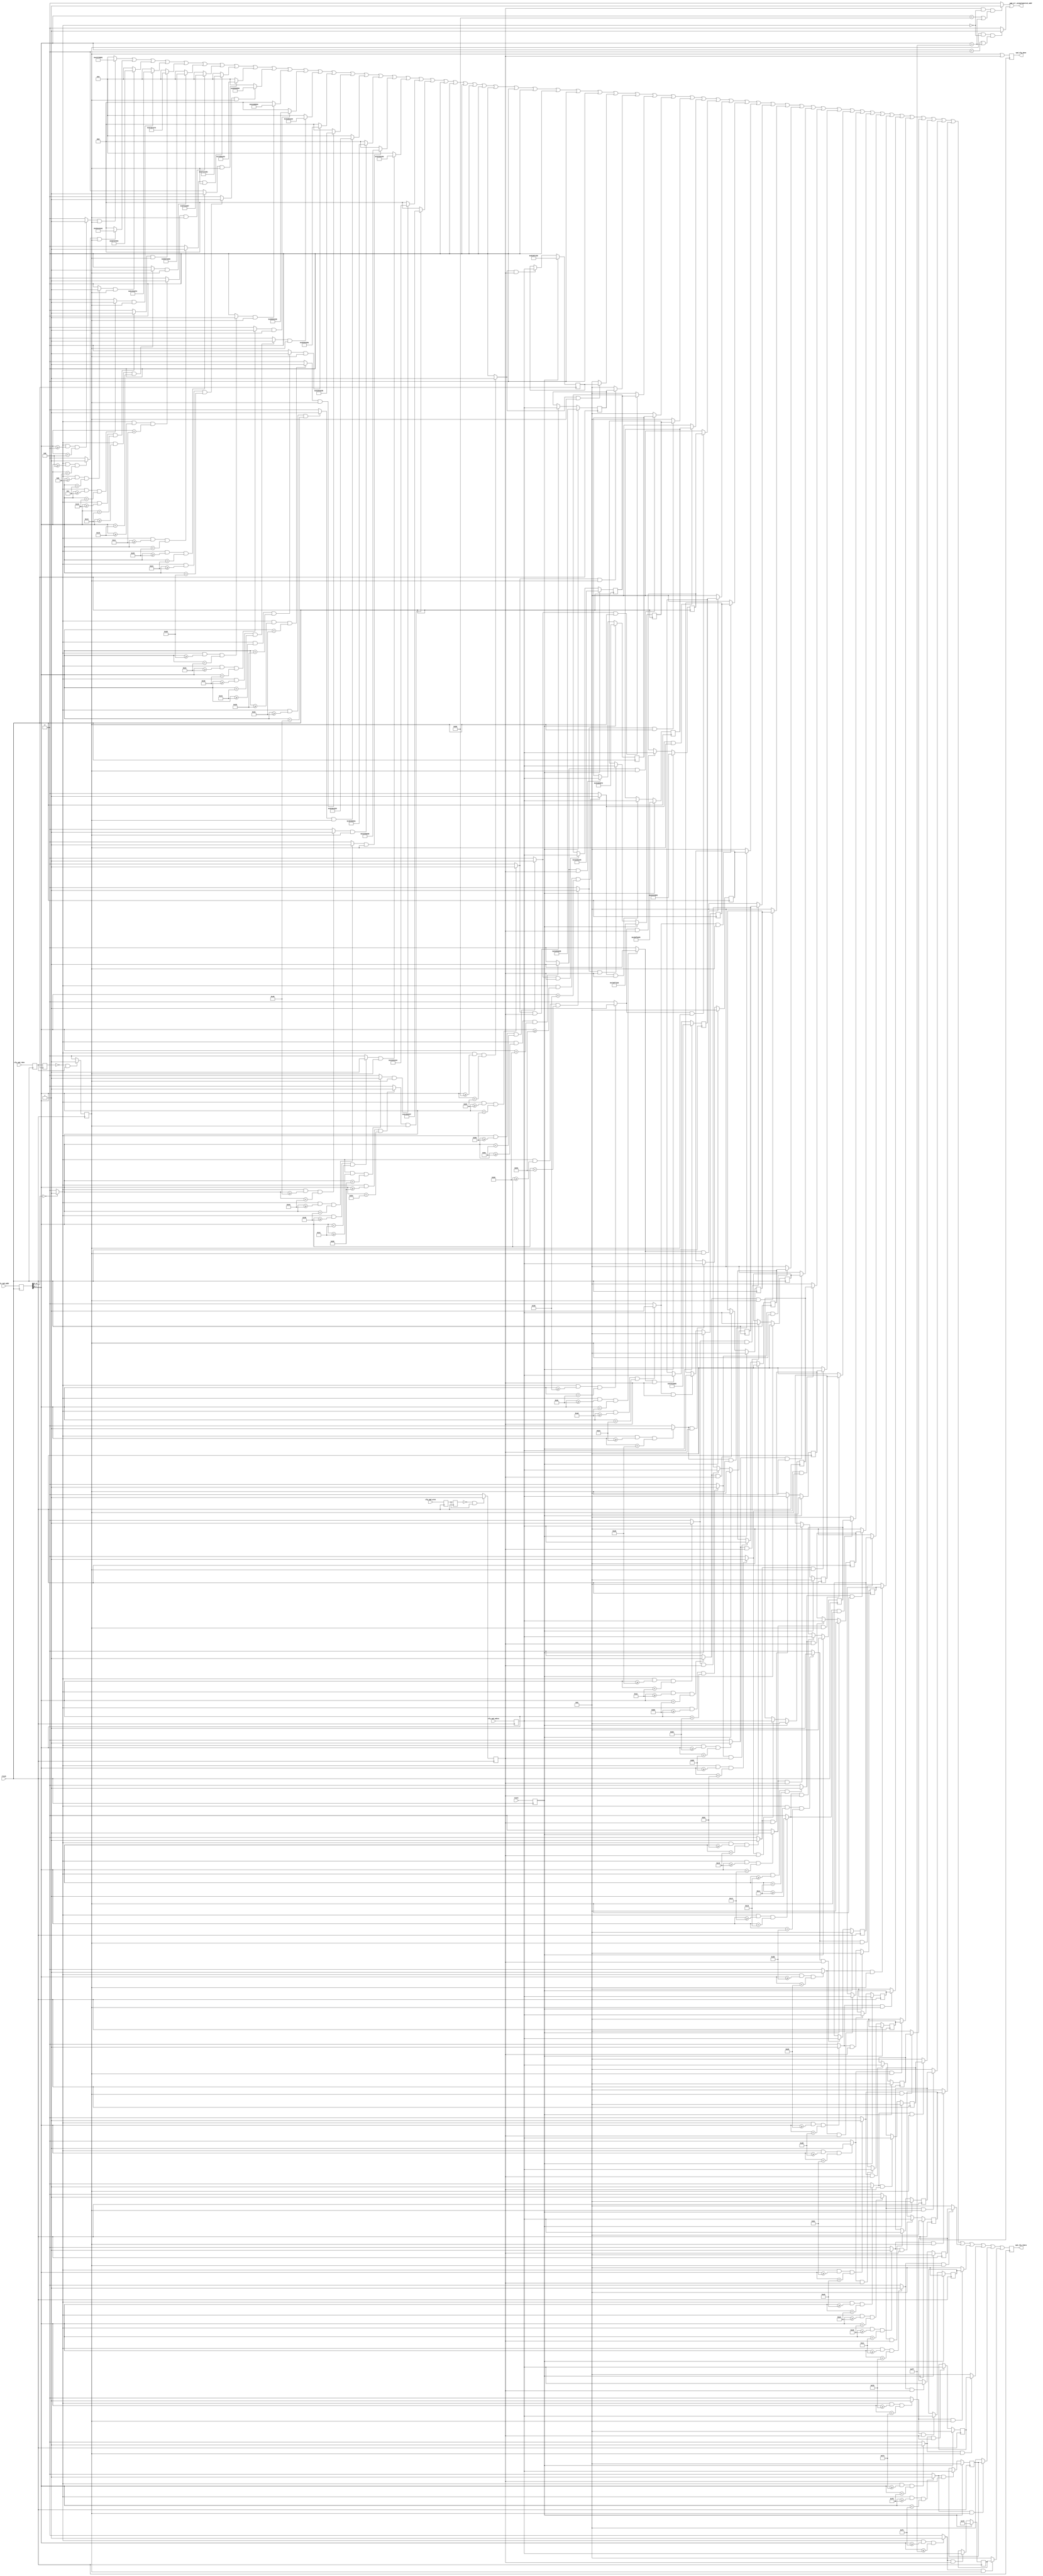
// *!***************************************************************************
// *! Copyright 2019 International Business Machines
// *!
// *! Licensed under the Apache License, Version 2.0 (the "License");
// *! you may not use this file except in compliance with the License.
// *! You may obtain a copy of the License at
// *! http://www.apache.org/licenses/LICENSE-2.0 
// *!
// *! The patent license granted to you in Section 3 of the License, as applied
// *! to the "Work," hereby includes implementations of the Work in physical form.  
// *!
// *! Unless required by applicable law or agreed to in writing, the reference design
// *! distributed under the License is distributed on an "AS IS" BASIS,
// *! WITHOUT WARRANTIES OR CONDITIONS OF ANY KIND, either express or implied.
// *! See the License for the specific language governing permissions and
// *! limitations under the License.
// *! 
// *! The background Specification upon which this is based is managed by and available from
// *! the OpenCAPI Consortium.  More information can be found at https://opencapi.org. 
// *!***************************************************************************
`timescale 1ps / 1ps
// -------------------------------------------------------------------
//
// Title    : vpd_stub.v
// Function : This file is intended to be a temporary replacement for an I2C controller attached to a serial EEPROM
//            where the real card's VPD information is stored. This file can be attached to the afu_config_space.v
//            VPD interface instead. It is intended for use during simulation, not FPGA synthesis & implementation.
//
// -------------------------------------------------------------------
// Modification History :
//                                |Version    |     |Author   |Description of change
//                                |-----------|     |-------- |---------------------
  `define vpd_stub_VERSION         12_Sep_2017   //            Change items reported by HAL check
// -------------------------------------------------------------------

//
// ******************************************************************************************************************************
// Functional Description
//
// All internal configuration registers are 32 bits wide, using Little Endian format and addressing. 
// This means bits are ordered [31:0] and bytes are ordered 3,2,1,0 when looking at the lowest 2 address bits.
// 
// One register is selected at a time using the 'vpd_addr'. 
//
// Reads from an address that is not implemented returns all 0s. Writes to an address that is not implemented or read only are dropped.
// Either type of access to an unimplemented address raises an error signal that can be routed to an internal error register.
//
// Write operations are triggered by setting the 'wren' input active. 
// Read  operations are triggered by setting the 'rden' input active. 
// When either the write is complete or the read data is available on 'rdata', 'done' is pulsed for 1 cycle.
// ******************************************************************************************************************************
// Notes about the VPD data content:
//   The content of the VPD fields was copied from the PCI Local Bus Specification, version 3.0, dated Feb 3, 2004. This was
//   used to ensure the example has valid VPD information in it. (reference section "I.3.2 VPD Example")
// ******************************************************************************************************************************
 
// ==============================================================================================================================
// @@@  Module Declaration
// ==============================================================================================================================

module vpd_stub
(    
    // Miscellaneous Ports
    input         clock                             
  , input         reset                      // (positive active)

  , input  [14:0] cfg_vpd_addr               // Address for write or read
  , input         cfg_vpd_wren               // Held at 1 to write a location until it sees vpd_done = 1 then clear to 0
  , input  [31:0] cfg_vpd_wdata              // Contains data to write to VPD register (valid while wren=1)
  , input         cfg_vpd_rden               // Held at 1 to read  a location until it sees vpd_done = 1 then clear to 0
  , output [31:0] vpd_cfg_rdata              // Contains data read back from VPD register (valid when rden=1 and vpd_done=1)
  , output        vpd_cfg_done               // VPD pulses to 1 for 1 cycle when write is complete, or when rdata contains valid results

    // Error indicator
  , output        vpd_err_unimplemented_addr // Connect into internal error vector if desired
) ;

// -----------------------------------------------------------
// Register inputs to prevent backflowed timing issues
// -----------------------------------------------------------
reg         reset_q;
reg  [14:0] addr_q;
reg         wren_q;
reg  [31:0] wdata_q;
reg         rden_q;

always @(posedge(clock))
  begin
    reset_q     <= reset;
    addr_q      <= cfg_vpd_addr;
    wren_q      <= cfg_vpd_wren;
    wdata_q     <= cfg_vpd_wdata;
    rden_q      <= cfg_vpd_rden;
  end


reg  prev_wren_q;
reg  prev_rden_q;
reg  wren_pulse;
reg  rden_pulse;
always @(posedge(clock))
  begin
    prev_wren_q <= wren_q;   // Create latched copy of enable inputs so can detect when they change
    prev_rden_q <= rden_q;
    if (prev_wren_q == 1'b0 && wren_q == 1'b1)  wren_pulse <= 1'b1;   // Look for rising edge (0->1)
    else                                        wren_pulse <= 1'b0;
    if (prev_rden_q == 1'b0 && rden_q == 1'b1)  rden_pulse <= 1'b1;
    else                                        rden_pulse <= 1'b0;
  end

// ------------------------------------
// Check for bad address
// ------------------------------------
wire upper_addr_is_zero = (addr_q[14:8] == 7'b0) ? 1'b1 : 1'b0;

assign vpd_err_unimplemented_addr = ( (wren_pulse == 1'b1 && upper_addr_is_zero == 1'b0 && (addr_q[7:0] < 8'h80 || addr_q[7:0] > 8'hFF)) ? 1'b1 : 1'b0 ) 
                                 || ( (rden_pulse == 1'b1 && upper_addr_is_zero == 1'b0 && (addr_q[7:0] < 8'h00 || addr_q[7:0] > 8'hFF)) ? 1'b1 : 1'b0 );


// ------------------------------------
// Select target register using address
// ------------------------------------
wire sel_00, sel_04, sel_08, sel_0C;
wire sel_10, sel_14, sel_18, sel_1C;
wire sel_20, sel_24, sel_28, sel_2C;
wire sel_30, sel_34, sel_38, sel_3C;
wire sel_40, sel_44, sel_48, sel_4C;
wire sel_50, sel_54, sel_58, sel_5C;
wire sel_60, sel_64, sel_68, sel_6C;
wire sel_70, sel_74, sel_78, sel_7C;
wire sel_80, sel_84, sel_88, sel_8C;
wire sel_90, sel_94, sel_98, sel_9C;
wire sel_A0, sel_A4, sel_A8, sel_AC;
wire sel_B0, sel_B4, sel_B8, sel_BC;
wire sel_C0, sel_C4, sel_C8, sel_CC;
wire sel_D0, sel_D4, sel_D8, sel_DC;
wire sel_E0, sel_E4, sel_E8, sel_EC;
wire sel_F0, sel_F4, sel_F8, sel_FC;

assign sel_00 = (upper_addr_is_zero == 1'b1 && addr_q[7:0] >= 8'h00 && addr_q[7:0] < 8'h04) ? 1'b1 : 1'b0;
assign sel_04 = (upper_addr_is_zero == 1'b1 && addr_q[7:0] >= 8'h04 && addr_q[7:0] < 8'h08) ? 1'b1 : 1'b0;
assign sel_08 = (upper_addr_is_zero == 1'b1 && addr_q[7:0] >= 8'h08 && addr_q[7:0] < 8'h0C) ? 1'b1 : 1'b0;
assign sel_0C = (upper_addr_is_zero == 1'b1 && addr_q[7:0] >= 8'h0C && addr_q[7:0] < 8'h10) ? 1'b1 : 1'b0;
assign sel_10 = (upper_addr_is_zero == 1'b1 && addr_q[7:0] >= 8'h10 && addr_q[7:0] < 8'h14) ? 1'b1 : 1'b0;
assign sel_14 = (upper_addr_is_zero == 1'b1 && addr_q[7:0] >= 8'h14 && addr_q[7:0] < 8'h18) ? 1'b1 : 1'b0;
assign sel_18 = (upper_addr_is_zero == 1'b1 && addr_q[7:0] >= 8'h18 && addr_q[7:0] < 8'h1C) ? 1'b1 : 1'b0;
assign sel_1C = (upper_addr_is_zero == 1'b1 && addr_q[7:0] >= 8'h1C && addr_q[7:0] < 8'h20) ? 1'b1 : 1'b0;
assign sel_20 = (upper_addr_is_zero == 1'b1 && addr_q[7:0] >= 8'h20 && addr_q[7:0] < 8'h24) ? 1'b1 : 1'b0;
assign sel_24 = (upper_addr_is_zero == 1'b1 && addr_q[7:0] >= 8'h24 && addr_q[7:0] < 8'h28) ? 1'b1 : 1'b0;
assign sel_28 = (upper_addr_is_zero == 1'b1 && addr_q[7:0] >= 8'h28 && addr_q[7:0] < 8'h2C) ? 1'b1 : 1'b0;
assign sel_2C = (upper_addr_is_zero == 1'b1 && addr_q[7:0] >= 8'h2C && addr_q[7:0] < 8'h30) ? 1'b1 : 1'b0;
assign sel_30 = (upper_addr_is_zero == 1'b1 && addr_q[7:0] >= 8'h30 && addr_q[7:0] < 8'h34) ? 1'b1 : 1'b0;
assign sel_34 = (upper_addr_is_zero == 1'b1 && addr_q[7:0] >= 8'h34 && addr_q[7:0] < 8'h38) ? 1'b1 : 1'b0;
assign sel_38 = (upper_addr_is_zero == 1'b1 && addr_q[7:0] >= 8'h38 && addr_q[7:0] < 8'h3C) ? 1'b1 : 1'b0;
assign sel_3C = (upper_addr_is_zero == 1'b1 && addr_q[7:0] >= 8'h3C && addr_q[7:0] < 8'h40) ? 1'b1 : 1'b0;
assign sel_40 = (upper_addr_is_zero == 1'b1 && addr_q[7:0] >= 8'h40 && addr_q[7:0] < 8'h44) ? 1'b1 : 1'b0;
assign sel_44 = (upper_addr_is_zero == 1'b1 && addr_q[7:0] >= 8'h44 && addr_q[7:0] < 8'h48) ? 1'b1 : 1'b0;
assign sel_48 = (upper_addr_is_zero == 1'b1 && addr_q[7:0] >= 8'h48 && addr_q[7:0] < 8'h4C) ? 1'b1 : 1'b0;
assign sel_4C = (upper_addr_is_zero == 1'b1 && addr_q[7:0] >= 8'h4C && addr_q[7:0] < 8'h50) ? 1'b1 : 1'b0;
assign sel_50 = (upper_addr_is_zero == 1'b1 && addr_q[7:0] >= 8'h50 && addr_q[7:0] < 8'h54) ? 1'b1 : 1'b0;
assign sel_54 = (upper_addr_is_zero == 1'b1 && addr_q[7:0] >= 8'h54 && addr_q[7:0] < 8'h58) ? 1'b1 : 1'b0;
assign sel_58 = (upper_addr_is_zero == 1'b1 && addr_q[7:0] >= 8'h58 && addr_q[7:0] < 8'h5C) ? 1'b1 : 1'b0;
assign sel_5C = (upper_addr_is_zero == 1'b1 && addr_q[7:0] >= 8'h5C && addr_q[7:0] < 8'h60) ? 1'b1 : 1'b0;
assign sel_60 = (upper_addr_is_zero == 1'b1 && addr_q[7:0] >= 8'h60 && addr_q[7:0] < 8'h64) ? 1'b1 : 1'b0;
assign sel_64 = (upper_addr_is_zero == 1'b1 && addr_q[7:0] >= 8'h64 && addr_q[7:0] < 8'h68) ? 1'b1 : 1'b0;
assign sel_68 = (upper_addr_is_zero == 1'b1 && addr_q[7:0] >= 8'h68 && addr_q[7:0] < 8'h6C) ? 1'b1 : 1'b0;
assign sel_6C = (upper_addr_is_zero == 1'b1 && addr_q[7:0] >= 8'h6C && addr_q[7:0] < 8'h70) ? 1'b1 : 1'b0;
assign sel_70 = (upper_addr_is_zero == 1'b1 && addr_q[7:0] >= 8'h70 && addr_q[7:0] < 8'h74) ? 1'b1 : 1'b0;
assign sel_74 = (upper_addr_is_zero == 1'b1 && addr_q[7:0] >= 8'h74 && addr_q[7:0] < 8'h78) ? 1'b1 : 1'b0;
assign sel_78 = (upper_addr_is_zero == 1'b1 && addr_q[7:0] >= 8'h78 && addr_q[7:0] < 8'h7C) ? 1'b1 : 1'b0;
assign sel_7C = (upper_addr_is_zero == 1'b1 && addr_q[7:0] >= 8'h7C && addr_q[7:0] < 8'h80) ? 1'b1 : 1'b0;
assign sel_80 = (upper_addr_is_zero == 1'b1 && addr_q[7:0] >= 8'h80 && addr_q[7:0] < 8'h84) ? 1'b1 : 1'b0;
assign sel_84 = (upper_addr_is_zero == 1'b1 && addr_q[7:0] >= 8'h84 && addr_q[7:0] < 8'h88) ? 1'b1 : 1'b0;
assign sel_88 = (upper_addr_is_zero == 1'b1 && addr_q[7:0] >= 8'h88 && addr_q[7:0] < 8'h8C) ? 1'b1 : 1'b0;
assign sel_8C = (upper_addr_is_zero == 1'b1 && addr_q[7:0] >= 8'h8C && addr_q[7:0] < 8'h90) ? 1'b1 : 1'b0;
assign sel_90 = (upper_addr_is_zero == 1'b1 && addr_q[7:0] >= 8'h90 && addr_q[7:0] < 8'h94) ? 1'b1 : 1'b0;
assign sel_94 = (upper_addr_is_zero == 1'b1 && addr_q[7:0] >= 8'h94 && addr_q[7:0] < 8'h98) ? 1'b1 : 1'b0;
assign sel_98 = (upper_addr_is_zero == 1'b1 && addr_q[7:0] >= 8'h98 && addr_q[7:0] < 8'h9C) ? 1'b1 : 1'b0;
assign sel_9C = (upper_addr_is_zero == 1'b1 && addr_q[7:0] >= 8'h9C && addr_q[7:0] < 8'hA0) ? 1'b1 : 1'b0;
assign sel_A0 = (upper_addr_is_zero == 1'b1 && addr_q[7:0] >= 8'hA0 && addr_q[7:0] < 8'hA4) ? 1'b1 : 1'b0;
assign sel_A4 = (upper_addr_is_zero == 1'b1 && addr_q[7:0] >= 8'hA4 && addr_q[7:0] < 8'hA8) ? 1'b1 : 1'b0;
assign sel_A8 = (upper_addr_is_zero == 1'b1 && addr_q[7:0] >= 8'hA8 && addr_q[7:0] < 8'hAC) ? 1'b1 : 1'b0;
assign sel_AC = (upper_addr_is_zero == 1'b1 && addr_q[7:0] >= 8'hAC && addr_q[7:0] < 8'hB0) ? 1'b1 : 1'b0;
assign sel_B0 = (upper_addr_is_zero == 1'b1 && addr_q[7:0] >= 8'hB0 && addr_q[7:0] < 8'hB4) ? 1'b1 : 1'b0;
assign sel_B4 = (upper_addr_is_zero == 1'b1 && addr_q[7:0] >= 8'hB4 && addr_q[7:0] < 8'hB8) ? 1'b1 : 1'b0;
assign sel_B8 = (upper_addr_is_zero == 1'b1 && addr_q[7:0] >= 8'hB8 && addr_q[7:0] < 8'hBC) ? 1'b1 : 1'b0;
assign sel_BC = (upper_addr_is_zero == 1'b1 && addr_q[7:0] >= 8'hBC && addr_q[7:0] < 8'hC0) ? 1'b1 : 1'b0;
assign sel_C0 = (upper_addr_is_zero == 1'b1 && addr_q[7:0] >= 8'hC0 && addr_q[7:0] < 8'hC4) ? 1'b1 : 1'b0;
assign sel_C4 = (upper_addr_is_zero == 1'b1 && addr_q[7:0] >= 8'hC4 && addr_q[7:0] < 8'hC8) ? 1'b1 : 1'b0;
assign sel_C8 = (upper_addr_is_zero == 1'b1 && addr_q[7:0] >= 8'hC8 && addr_q[7:0] < 8'hCC) ? 1'b1 : 1'b0;
assign sel_CC = (upper_addr_is_zero == 1'b1 && addr_q[7:0] >= 8'hCC && addr_q[7:0] < 8'hD0) ? 1'b1 : 1'b0;
assign sel_D0 = (upper_addr_is_zero == 1'b1 && addr_q[7:0] >= 8'hD0 && addr_q[7:0] < 8'hD4) ? 1'b1 : 1'b0;
assign sel_D4 = (upper_addr_is_zero == 1'b1 && addr_q[7:0] >= 8'hD4 && addr_q[7:0] < 8'hD8) ? 1'b1 : 1'b0;
assign sel_D8 = (upper_addr_is_zero == 1'b1 && addr_q[7:0] >= 8'hD8 && addr_q[7:0] < 8'hDC) ? 1'b1 : 1'b0;
assign sel_DC = (upper_addr_is_zero == 1'b1 && addr_q[7:0] >= 8'hDC && addr_q[7:0] < 8'hE0) ? 1'b1 : 1'b0;
assign sel_E0 = (upper_addr_is_zero == 1'b1 && addr_q[7:0] >= 8'hE0 && addr_q[7:0] < 8'hE4) ? 1'b1 : 1'b0;
assign sel_E4 = (upper_addr_is_zero == 1'b1 && addr_q[7:0] >= 8'hE4 && addr_q[7:0] < 8'hE8) ? 1'b1 : 1'b0;
assign sel_E8 = (upper_addr_is_zero == 1'b1 && addr_q[7:0] >= 8'hE8 && addr_q[7:0] < 8'hEC) ? 1'b1 : 1'b0;
assign sel_EC = (upper_addr_is_zero == 1'b1 && addr_q[7:0] >= 8'hEC && addr_q[7:0] < 8'hF0) ? 1'b1 : 1'b0;
assign sel_F0 = (upper_addr_is_zero == 1'b1 && addr_q[7:0] >= 8'hF0 && addr_q[7:0] < 8'hF4) ? 1'b1 : 1'b0;
assign sel_F4 = (upper_addr_is_zero == 1'b1 && addr_q[7:0] >= 8'hF4 && addr_q[7:0] < 8'hF8) ? 1'b1 : 1'b0;
assign sel_F8 = (upper_addr_is_zero == 1'b1 && addr_q[7:0] >= 8'hF8 && addr_q[7:0] < 8'hFC) ? 1'b1 : 1'b0;
assign sel_FC = (upper_addr_is_zero == 1'b1 && addr_q[7:0] >= 8'hFC && addr_q[7:0] <= 8'hFF) ? 1'b1 : 1'b0;


// ..............................................
// @@@ VPD
// ..............................................

wire [31:0] reg_00_q, reg_04_q, reg_08_q, reg_0C_q;
wire [31:0] reg_10_q, reg_14_q, reg_18_q, reg_1C_q;
wire [31:0] reg_20_q, reg_24_q, reg_28_q, reg_2C_q;
wire [31:0] reg_30_q, reg_34_q, reg_38_q, reg_3C_q;
wire [31:0] reg_40_q, reg_44_q, reg_48_q, reg_4C_q;
wire [31:0] reg_50_q, reg_54_q, reg_58_q, reg_5C_q;
wire [31:0] reg_60_q, reg_64_q, reg_68_q, reg_6C_q;
wire [31:0] reg_70_q, reg_74_q, reg_78_q, reg_7C_q;
reg  [31:0] reg_80_q, reg_84_q, reg_88_q, reg_8C_q;
reg  [31:0] reg_90_q, reg_94_q, reg_98_q, reg_9C_q;
reg  [31:0] reg_A0_q, reg_A4_q, reg_A8_q, reg_AC_q;
reg  [31:0] reg_B0_q, reg_B4_q, reg_B8_q, reg_BC_q;
reg  [31:0] reg_C0_q, reg_C4_q, reg_C8_q, reg_CC_q;
reg  [31:0] reg_D0_q, reg_D4_q, reg_D8_q, reg_DC_q;
reg  [31:0] reg_E0_q, reg_E4_q, reg_E8_q, reg_EC_q;
reg  [31:0] reg_F0_q, reg_F4_q, reg_F8_q, reg_FC_q;


wire [31:0] reg_00_rdata, reg_04_rdata, reg_08_rdata, reg_0C_rdata;
wire [31:0] reg_10_rdata, reg_14_rdata, reg_18_rdata, reg_1C_rdata;
wire [31:0] reg_20_rdata, reg_24_rdata, reg_28_rdata, reg_2C_rdata;
wire [31:0] reg_30_rdata, reg_34_rdata, reg_38_rdata, reg_3C_rdata;
wire [31:0] reg_40_rdata, reg_44_rdata, reg_48_rdata, reg_4C_rdata;
wire [31:0] reg_50_rdata, reg_54_rdata, reg_58_rdata, reg_5C_rdata;
wire [31:0] reg_60_rdata, reg_64_rdata, reg_68_rdata, reg_6C_rdata;
wire [31:0] reg_70_rdata, reg_74_rdata, reg_78_rdata, reg_7C_rdata;
wire [31:0] reg_80_rdata, reg_84_rdata, reg_88_rdata, reg_8C_rdata;
wire [31:0] reg_90_rdata, reg_94_rdata, reg_98_rdata, reg_9C_rdata;
wire [31:0] reg_A0_rdata, reg_A4_rdata, reg_A8_rdata, reg_AC_rdata;
wire [31:0] reg_B0_rdata, reg_B4_rdata, reg_B8_rdata, reg_BC_rdata;
wire [31:0] reg_C0_rdata, reg_C4_rdata, reg_C8_rdata, reg_CC_rdata;
wire [31:0] reg_D0_rdata, reg_D4_rdata, reg_D8_rdata, reg_DC_rdata;
wire [31:0] reg_E0_rdata, reg_E4_rdata, reg_E8_rdata, reg_EC_rdata;
wire [31:0] reg_F0_rdata, reg_F4_rdata, reg_F8_rdata, reg_FC_rdata;

// Read Only section
assign reg_00_q[ 7: 0] = 8'h82;    // Large Resource Type ID String Tag (02h)
assign reg_00_q[15: 8] = 8'h00;    // Length 0021h
assign reg_00_q[23:16] = 8'h21;
assign reg_00_q[31:24] = "A";      // Data
assign reg_00_rdata = (sel_00 == 1'b1 && rden_pulse == 1'b1) ? reg_00_q : 32'h00000000;

assign reg_04_q[ 7: 0] = "B";
assign reg_04_q[15: 8] = "C";
assign reg_04_q[23:16] = "D";
assign reg_04_q[31:24] = " ";
assign reg_04_rdata = (sel_04 == 1'b1 && rden_pulse == 1'b1) ? reg_04_q : 32'h00000000;

assign reg_08_q[ 7: 0] = "S";
assign reg_08_q[15: 8] = "u";
assign reg_08_q[23:16] = "p";
assign reg_08_q[31:24] = "e";
assign reg_08_rdata = (sel_08 == 1'b1 && rden_pulse == 1'b1) ? reg_08_q : 32'h00000000;

assign reg_0C_q[ 7: 0] = "r";
assign reg_0C_q[15: 8] = "-";
assign reg_0C_q[23:16] = "F";
assign reg_0C_q[31:24] = "a";
assign reg_0C_rdata = (sel_0C == 1'b1 && rden_pulse == 1'b1) ? reg_0C_q : 32'h00000000;

assign reg_10_q[ 7: 0] = "s";
assign reg_10_q[15: 8] = "t";
assign reg_10_q[23:16] = " ";
assign reg_10_q[31:24] = "W";
assign reg_10_rdata = (sel_10 == 1'b1 && rden_pulse == 1'b1) ? reg_10_q : 32'h00000000;

assign reg_14_q[ 7: 0] = "i";
assign reg_14_q[15: 8] = "d";
assign reg_14_q[23:16] = "g";
assign reg_14_q[31:24] = "e";
assign reg_14_rdata = (sel_14 == 1'b1 && rden_pulse == 1'b1) ? reg_14_q : 32'h00000000;

assign reg_18_q[ 7: 0] = "g";
assign reg_18_q[15: 8] = " ";
assign reg_18_q[23:16] = "C";
assign reg_18_q[31:24] = "o";
assign reg_18_rdata = (sel_18 == 1'b1 && rden_pulse == 1'b1) ? reg_18_q : 32'h00000000;

assign reg_1C_q[ 7: 0] = "n";
assign reg_1C_q[15: 8] = "t";
assign reg_1C_q[23:16] = "r";
assign reg_1C_q[31:24] = "o";
assign reg_1C_rdata = (sel_1C == 1'b1 && rden_pulse == 1'b1) ? reg_1C_q : 32'h00000000;

assign reg_20_q[ 7: 0] = "l";
assign reg_20_q[15: 8] = "l";
assign reg_20_q[23:16] = "e";
assign reg_20_q[31:24] = "r";
assign reg_20_rdata = (sel_20 == 1'b1 && rden_pulse == 1'b1) ? reg_20_q : 32'h00000000;

assign reg_24_q[ 7: 0] = 8'h90;
assign reg_24_q[15: 8] = 8'h00;
assign reg_24_q[23:16] = 8'h59;
assign reg_24_q[31:24] = "P";
assign reg_24_rdata = (sel_24 == 1'b1 && rden_pulse == 1'b1) ? reg_24_q : 32'h00000000;

assign reg_28_q[ 7: 0] = "N";
assign reg_28_q[15: 8] = 8'h08;
assign reg_28_q[23:16] = "6";
assign reg_28_q[31:24] = "1";
assign reg_28_rdata = (sel_28 == 1'b1 && rden_pulse == 1'b1) ? reg_28_q : 32'h00000000;

assign reg_2C_q[ 7: 0] = "8";
assign reg_2C_q[15: 8] = "1";
assign reg_2C_q[23:16] = "6";
assign reg_2C_q[31:24] = "8";
assign reg_2C_rdata = (sel_2C == 1'b1 && rden_pulse == 1'b1) ? reg_2C_q : 32'h00000000;

assign reg_30_q[ 7: 0] = "2";
assign reg_30_q[15: 8] = "A";
assign reg_30_q[23:16] = "E";
assign reg_30_q[31:24] = "C";
assign reg_30_rdata = (sel_30 == 1'b1 && rden_pulse == 1'b1) ? reg_30_q : 32'h00000000;

assign reg_34_q[ 7: 0] = 8'h0A;
assign reg_34_q[15: 8] = "4";
assign reg_34_q[23:16] = "9";
assign reg_34_q[31:24] = "5";
assign reg_34_rdata = (sel_34 == 1'b1 && rden_pulse == 1'b1) ? reg_34_q : 32'h00000000;

assign reg_38_q[ 7: 0] = "0";
assign reg_38_q[15: 8] = "2";
assign reg_38_q[23:16] = "6";
assign reg_38_q[31:24] = "2";
assign reg_38_rdata = (sel_38 == 1'b1 && rden_pulse == 1'b1) ? reg_38_q : 32'h00000000;

assign reg_3C_q[ 7: 0] = "5";
assign reg_3C_q[15: 8] = "3";
assign reg_3C_q[23:16] = "6";
assign reg_3C_q[31:24] = "S";
assign reg_3C_rdata = (sel_3C == 1'b1 && rden_pulse == 1'b1) ? reg_3C_q : 32'h00000000;

assign reg_40_q[ 7: 0] = "N";
assign reg_40_q[15: 8] = 8'h08;
assign reg_40_q[23:16] = "0";
assign reg_40_q[31:24] = "0";
assign reg_40_rdata = (sel_40 == 1'b1 && rden_pulse == 1'b1) ? reg_40_q : 32'h00000000;

assign reg_44_q[ 7: 0] = "0";
assign reg_44_q[15: 8] = "0";
assign reg_44_q[23:16] = "0";
assign reg_44_q[31:24] = "1";
assign reg_44_rdata = (sel_44 == 1'b1 && rden_pulse == 1'b1) ? reg_44_q : 32'h00000000;

assign reg_48_q[ 7: 0] = "9";
assign reg_48_q[15: 8] = "4";
assign reg_48_q[23:16] = "M";
assign reg_48_q[31:24] = "N";
assign reg_48_rdata = (sel_48 == 1'b1 && rden_pulse == 1'b1) ? reg_48_q : 32'h00000000;

assign reg_4C_q[ 7: 0] = 8'h04;
assign reg_4C_q[15: 8] = "1";
assign reg_4C_q[23:16] = "0";
assign reg_4C_q[31:24] = "3";
assign reg_4C_rdata = (sel_4C == 1'b1 && rden_pulse == 1'b1) ? reg_4C_q : 32'h00000000;

assign reg_50_q[ 7: 0] = "7";
assign reg_50_q[15: 8] = "R";
assign reg_50_q[23:16] = "V";
assign reg_50_q[31:24] = 8'h2C;
assign reg_50_rdata = (sel_50 == 1'b1 && rden_pulse == 1'b1) ? reg_50_q : 32'h00000000;

assign reg_54_q[ 7: 0] = 8'h00;  // Checksum    TODO: Fill in with correct value
assign reg_54_q[15: 8] = 8'h00;
assign reg_54_q[23:16] = 8'h00;
assign reg_54_q[31:24] = 8'h00;
assign reg_54_rdata = (sel_54 == 1'b1 && rden_pulse == 1'b1) ? reg_54_q : 32'h00000000;

assign reg_58_q[ 7: 0] = 8'h00;
assign reg_58_q[15: 8] = 8'h00;
assign reg_58_q[23:16] = 8'h00;
assign reg_58_q[31:24] = 8'h00;
assign reg_58_rdata = (sel_58 == 1'b1 && rden_pulse == 1'b1) ? reg_58_q : 32'h00000000;

assign reg_5C_q[ 7: 0] = 8'h00;
assign reg_5C_q[15: 8] = 8'h00;
assign reg_5C_q[23:16] = 8'h00;
assign reg_5C_q[31:24] = 8'h00;
assign reg_5C_rdata = (sel_5C == 1'b1 && rden_pulse == 1'b1) ? reg_5C_q : 32'h00000000;

assign reg_60_q[ 7: 0] = 8'h00;
assign reg_60_q[15: 8] = 8'h00;
assign reg_60_q[23:16] = 8'h00;
assign reg_60_q[31:24] = 8'h00;
assign reg_60_rdata = (sel_60 == 1'b1 && rden_pulse == 1'b1) ? reg_60_q : 32'h00000000;

assign reg_64_q[ 7: 0] = 8'h00;  
assign reg_64_q[15: 8] = 8'h00;
assign reg_64_q[23:16] = 8'h00;
assign reg_64_q[31:24] = 8'h00;
assign reg_64_rdata = (sel_64 == 1'b1 && rden_pulse == 1'b1) ? reg_64_q : 32'h00000000;

assign reg_68_q[ 7: 0] = 8'h00;
assign reg_68_q[15: 8] = 8'h00;
assign reg_68_q[23:16] = 8'h00;
assign reg_68_q[31:24] = 8'h00;
assign reg_68_rdata = (sel_68 == 1'b1 && rden_pulse == 1'b1) ? reg_68_q : 32'h00000000;

assign reg_6C_q[ 7: 0] = 8'h00;
assign reg_6C_q[15: 8] = 8'h00;
assign reg_6C_q[23:16] = 8'h00;
assign reg_6C_q[31:24] = 8'h00;
assign reg_6C_rdata = (sel_6C == 1'b1 && rden_pulse == 1'b1) ? reg_6C_q : 32'h00000000;

assign reg_70_q[ 7: 0] = 8'h00;
assign reg_70_q[15: 8] = 8'h00;
assign reg_70_q[23:16] = 8'h00;
assign reg_70_q[31:24] = 8'h00;
assign reg_70_rdata = (sel_70 == 1'b1 && rden_pulse == 1'b1) ? reg_70_q : 32'h00000000;

assign reg_74_q[ 7: 0] = 8'h00;  
assign reg_74_q[15: 8] = 8'h00;
assign reg_74_q[23:16] = 8'h00;
assign reg_74_q[31:24] = 8'h00;
assign reg_74_rdata = (sel_74 == 1'b1 && rden_pulse == 1'b1) ? reg_74_q : 32'h00000000;

assign reg_78_q[ 7: 0] = 8'h00;
assign reg_78_q[15: 8] = 8'h00;
assign reg_78_q[23:16] = 8'h00;
assign reg_78_q[31:24] = 8'h00;
assign reg_78_rdata = (sel_78 == 1'b1 && rden_pulse == 1'b1) ? reg_78_q : 32'h00000000;

assign reg_7C_q[ 7: 0] = 8'h00;
assign reg_7C_q[15: 8] = 8'h00;
assign reg_7C_q[23:16] = 8'h00;
assign reg_7C_q[31:24] = 8'h00;
assign reg_7C_rdata = (sel_7C == 1'b1 && rden_pulse == 1'b1) ? reg_7C_q : 32'h00000000;


// Begin Read/Write section

// Load initial value during reset. When selected and write pulse is active, load write data into register. Hold it's value otherwise.

always @(posedge(clock))
  if (reset_q == 1'b1)                            reg_80_q <= {8'h91, 16'h007C, "V"}; 
  else if (sel_80 == 1'b1 && wren_pulse == 1'b1)  reg_80_q <= wdata_q;                        
  else                                            reg_80_q <= reg_80_q;
assign reg_80_rdata = (sel_80 == 1'b1 && rden_pulse == 1'b1) ? reg_80_q : 32'h00000000;

always @(posedge(clock))
  if (reset_q == 1'b1)                            reg_84_q <= {"1", 8'h05, "65"};
  else if (sel_84 == 1'b1 && wren_pulse == 1'b1)  reg_84_q <= wdata_q;                        
  else                                            reg_84_q <= reg_84_q;
assign reg_84_rdata = (sel_84 == 1'b1 && rden_pulse == 1'b1) ? reg_84_q : 32'h00000000;

always @(posedge(clock))
  if (reset_q == 1'b1)                            reg_88_q <= {"A01Y"};
  else if (sel_88 == 1'b1 && wren_pulse == 1'b1)  reg_88_q <= wdata_q;                        
  else                                            reg_88_q <= reg_88_q;
assign reg_88_rdata = (sel_88 == 1'b1 && rden_pulse == 1'b1) ? reg_88_q : 32'h00000000;

always @(posedge(clock))
  if (reset_q == 1'b1)                            reg_8C_q <= {"1", 8'h0D, "Er"};
  else if (sel_8C == 1'b1 && wren_pulse == 1'b1)  reg_8C_q <= wdata_q;                        
  else                                            reg_8C_q <= reg_8C_q;
assign reg_8C_rdata = (sel_8C == 1'b1 && rden_pulse == 1'b1) ? reg_8C_q : 32'h00000000;

always @(posedge(clock))
  if (reset_q == 1'b1)                            reg_90_q <= {"ror "};
  else if (sel_90 == 1'b1 && wren_pulse == 1'b1)  reg_90_q <= wdata_q;                        
  else                                            reg_90_q <= reg_90_q;
assign reg_90_rdata = (sel_90 == 1'b1 && rden_pulse == 1'b1) ? reg_90_q : 32'h00000000;

always @(posedge(clock))
  if (reset_q == 1'b1)                            reg_94_q <= {"Code"};
  else if (sel_94 == 1'b1 && wren_pulse == 1'b1)  reg_94_q <= wdata_q;                        
  else                                            reg_94_q <= reg_94_q;
assign reg_94_rdata = (sel_94 == 1'b1 && rden_pulse == 1'b1) ? reg_94_q : 32'h00000000;

always @(posedge(clock))
  if (reset_q == 1'b1)                            reg_98_q <= {" 26R"};
  else if (sel_98 == 1'b1 && wren_pulse == 1'b1)  reg_98_q <= wdata_q;                        
  else                                            reg_98_q <= reg_98_q;
assign reg_98_rdata = (sel_98 == 1'b1 && rden_pulse == 1'b1) ? reg_98_q : 32'h00000000;

always @(posedge(clock))
  if (reset_q == 1'b1)                            reg_9C_q <= {"W", 8'h61, 16'h0000};
  else if (sel_9C == 1'b1 && wren_pulse == 1'b1)  reg_9C_q <= wdata_q;                        
  else                                            reg_9C_q <= reg_9C_q;
assign reg_9C_rdata = (sel_9C == 1'b1 && rden_pulse == 1'b1) ? reg_9C_q : 32'h00000000;

always @(posedge(clock))
  if (reset_q == 1'b1)                            reg_A0_q <= {32'h00000000};
  else if (sel_A0 == 1'b1 && wren_pulse == 1'b1)  reg_A0_q <= wdata_q;                        
  else                                            reg_A0_q <= reg_A0_q;
assign reg_A0_rdata = (sel_A0 == 1'b1 && rden_pulse == 1'b1) ? reg_A0_q : 32'h00000000;

always @(posedge(clock))
  if (reset_q == 1'b1)                            reg_A4_q <= {32'h00000000};
  else if (sel_A4 == 1'b1 && wren_pulse == 1'b1)  reg_A4_q <= wdata_q;                        
  else                                            reg_A4_q <= reg_A4_q;
assign reg_A4_rdata = (sel_A4 == 1'b1 && rden_pulse == 1'b1) ? reg_A4_q : 32'h00000000;

always @(posedge(clock))
  if (reset_q == 1'b1)                            reg_A8_q <= {32'h00000000};
  else if (sel_A8 == 1'b1 && wren_pulse == 1'b1)  reg_A8_q <= wdata_q;                        
  else                                            reg_A8_q <= reg_A8_q;
assign reg_A8_rdata = (sel_A8 == 1'b1 && rden_pulse == 1'b1) ? reg_A8_q : 32'h00000000;

always @(posedge(clock))
  if (reset_q == 1'b1)                            reg_AC_q <= {32'h00000000};
  else if (sel_AC == 1'b1 && wren_pulse == 1'b1)  reg_AC_q <= wdata_q;                        
  else                                            reg_AC_q <= reg_AC_q;
assign reg_AC_rdata = (sel_AC == 1'b1 && rden_pulse == 1'b1) ? reg_AC_q : 32'h00000000;

always @(posedge(clock))
  if (reset_q == 1'b1)                            reg_B0_q <= {32'h00000000};
  else if (sel_B0 == 1'b1 && wren_pulse == 1'b1)  reg_B0_q <= wdata_q;                        
  else                                            reg_B0_q <= reg_B0_q;
assign reg_B0_rdata = (sel_B0 == 1'b1 && rden_pulse == 1'b1) ? reg_B0_q : 32'h00000000;

always @(posedge(clock))
  if (reset_q == 1'b1)                            reg_B4_q <= {32'h00000000};
  else if (sel_B4 == 1'b1 && wren_pulse == 1'b1)  reg_B4_q <= wdata_q;                        
  else                                            reg_B4_q <= reg_B4_q;
assign reg_B4_rdata = (sel_B4 == 1'b1 && rden_pulse == 1'b1) ? reg_B4_q : 32'h00000000;

always @(posedge(clock))
  if (reset_q == 1'b1)                            reg_B8_q <= {32'h00000000};
  else if (sel_B8 == 1'b1 && wren_pulse == 1'b1)  reg_B8_q <= wdata_q;                        
  else                                            reg_B8_q <= reg_B8_q;
assign reg_B8_rdata = (sel_B8 == 1'b1 && rden_pulse == 1'b1) ? reg_B8_q : 32'h00000000;

always @(posedge(clock))
  if (reset_q == 1'b1)                            reg_BC_q <= {32'h00000000};
  else if (sel_BC == 1'b1 && wren_pulse == 1'b1)  reg_BC_q <= wdata_q;                        
  else                                            reg_BC_q <= reg_BC_q;
assign reg_BC_rdata = (sel_BC == 1'b1 && rden_pulse == 1'b1) ? reg_BC_q : 32'h00000000;

always @(posedge(clock))
  if (reset_q == 1'b1)                            reg_C0_q <= {32'h00000000};
  else if (sel_C0 == 1'b1 && wren_pulse == 1'b1)  reg_C0_q <= wdata_q;                        
  else                                            reg_C0_q <= reg_C0_q;
assign reg_C0_rdata = (sel_C0 == 1'b1 && rden_pulse == 1'b1) ? reg_C0_q : 32'h00000000;

always @(posedge(clock))
  if (reset_q == 1'b1)                            reg_C4_q <= {32'h00000000};
  else if (sel_C4 == 1'b1 && wren_pulse == 1'b1)  reg_C4_q <= wdata_q;                        
  else                                            reg_C4_q <= reg_C4_q;
assign reg_C4_rdata = (sel_C4 == 1'b1 && rden_pulse == 1'b1) ? reg_C4_q : 32'h00000000;

always @(posedge(clock))
  if (reset_q == 1'b1)                            reg_C8_q <= {32'h00000000};
  else if (sel_C8 == 1'b1 && wren_pulse == 1'b1)  reg_C8_q <= wdata_q;                        
  else                                            reg_C8_q <= reg_C8_q;
assign reg_C8_rdata = (sel_C8 == 1'b1 && rden_pulse == 1'b1) ? reg_C8_q : 32'h00000000;

always @(posedge(clock))
  if (reset_q == 1'b1)                            reg_CC_q <= {32'h00000000};
  else if (sel_CC == 1'b1 && wren_pulse == 1'b1)  reg_CC_q <= wdata_q;                        
  else                                            reg_CC_q <= reg_CC_q;
assign reg_CC_rdata = (sel_CC == 1'b1 && rden_pulse == 1'b1) ? reg_CC_q : 32'h00000000;

always @(posedge(clock))
  if (reset_q == 1'b1)                            reg_D0_q <= {32'h00000000};
  else if (sel_D0 == 1'b1 && wren_pulse == 1'b1)  reg_D0_q <= wdata_q;                        
  else                                            reg_D0_q <= reg_D0_q;
assign reg_D0_rdata = (sel_D0 == 1'b1 && rden_pulse == 1'b1) ? reg_D0_q : 32'h00000000;

always @(posedge(clock))
  if (reset_q == 1'b1)                            reg_D4_q <= {32'h00000000};
  else if (sel_D4 == 1'b1 && wren_pulse == 1'b1)  reg_D4_q <= wdata_q;                        
  else                                            reg_D4_q <= reg_D4_q;
assign reg_D4_rdata = (sel_D4 == 1'b1 && rden_pulse == 1'b1) ? reg_D4_q : 32'h00000000;

always @(posedge(clock))
  if (reset_q == 1'b1)                            reg_D8_q <= {32'h00000000};
  else if (sel_D8 == 1'b1 && wren_pulse == 1'b1)  reg_D8_q <= wdata_q;                        
  else                                            reg_D8_q <= reg_D8_q;
assign reg_D8_rdata = (sel_D8 == 1'b1 && rden_pulse == 1'b1) ? reg_D8_q : 32'h00000000;

always @(posedge(clock))
  if (reset_q == 1'b1)                            reg_DC_q <= {32'h00000000};
  else if (sel_DC == 1'b1 && wren_pulse == 1'b1)  reg_DC_q <= wdata_q;                        
  else                                            reg_DC_q <= reg_DC_q;
assign reg_DC_rdata = (sel_DC == 1'b1 && rden_pulse == 1'b1) ? reg_DC_q : 32'h00000000;

always @(posedge(clock))
  if (reset_q == 1'b1)                            reg_E0_q <= {32'h00000000};
  else if (sel_E0 == 1'b1 && wren_pulse == 1'b1)  reg_E0_q <= wdata_q;                        
  else                                            reg_E0_q <= reg_E0_q;
assign reg_E0_rdata = (sel_E0 == 1'b1 && rden_pulse == 1'b1) ? reg_E0_q : 32'h00000000;

always @(posedge(clock))
  if (reset_q == 1'b1)                            reg_E4_q <= {32'h00000000};
  else if (sel_E4 == 1'b1 && wren_pulse == 1'b1)  reg_E4_q <= wdata_q;                        
  else                                            reg_E4_q <= reg_E4_q;
assign reg_E4_rdata = (sel_E4 == 1'b1 && rden_pulse == 1'b1) ? reg_E4_q : 32'h00000000;

always @(posedge(clock))
  if (reset_q == 1'b1)                            reg_E8_q <= {32'h00000000};
  else if (sel_E8 == 1'b1 && wren_pulse == 1'b1)  reg_E8_q <= wdata_q;                        
  else                                            reg_E8_q <= reg_E8_q;
assign reg_E8_rdata = (sel_E8 == 1'b1 && rden_pulse == 1'b1) ? reg_E8_q : 32'h00000000;

always @(posedge(clock))
  if (reset_q == 1'b1)                            reg_EC_q <= {32'h00000000};
  else if (sel_EC == 1'b1 && wren_pulse == 1'b1)  reg_EC_q <= wdata_q;                        
  else                                            reg_EC_q <= reg_EC_q;
assign reg_EC_rdata = (sel_EC == 1'b1 && rden_pulse == 1'b1) ? reg_EC_q : 32'h00000000;

always @(posedge(clock))
  if (reset_q == 1'b1)                            reg_F0_q <= {32'h00000000};
  else if (sel_F0 == 1'b1 && wren_pulse == 1'b1)  reg_F0_q <= wdata_q;                        
  else                                            reg_F0_q <= reg_F0_q;
assign reg_F0_rdata = (sel_F0 == 1'b1 && rden_pulse == 1'b1) ? reg_F0_q : 32'h00000000;

always @(posedge(clock))
  if (reset_q == 1'b1)                            reg_F4_q <= {32'h00000000};
  else if (sel_F4 == 1'b1 && wren_pulse == 1'b1)  reg_F4_q <= wdata_q;                        
  else                                            reg_F4_q <= reg_F4_q;
assign reg_F4_rdata = (sel_F4 == 1'b1 && rden_pulse == 1'b1) ? reg_F4_q : 32'h00000000;

always @(posedge(clock))
  if (reset_q == 1'b1)                            reg_F8_q <= {32'h00000000};
  else if (sel_F8 == 1'b1 && wren_pulse == 1'b1)  reg_F8_q <= wdata_q;                        
  else                                            reg_F8_q <= reg_F8_q;
assign reg_F8_rdata = (sel_F8 == 1'b1 && rden_pulse == 1'b1) ? reg_F8_q : 32'h00000000;

always @(posedge(clock))
  if (reset_q == 1'b1)                            reg_FC_q <= {24'h000000, 8'h78};
  else if (sel_FC == 1'b1 && wren_pulse == 1'b1)  reg_FC_q <= wdata_q;                        
  else                                            reg_FC_q <= reg_FC_q;
assign reg_FC_rdata = (sel_FC == 1'b1 && rden_pulse == 1'b1) ? reg_FC_q : 32'h00000000;



// ------------------------------------
// Select source for ultimate read data
// ------------------------------------
wire [31:0] final_rdata_d;
reg  [31:0] final_rdata_q;
reg         final_rdata_vld_q;

// Use a big OR gate to combine all the read data sources. When source is not selected, the 'rdata' vector should be all 0.
assign final_rdata_d = reg_00_rdata | reg_04_rdata | reg_08_rdata | reg_0C_rdata | 
                       reg_10_rdata | reg_14_rdata | reg_18_rdata | reg_1C_rdata | 
                       reg_20_rdata | reg_24_rdata | reg_28_rdata | reg_2C_rdata | 
                       reg_30_rdata | reg_34_rdata | reg_38_rdata | reg_3C_rdata | 
                       reg_40_rdata | reg_44_rdata | reg_48_rdata | reg_4C_rdata | 
                       reg_50_rdata | reg_54_rdata | reg_58_rdata | reg_5C_rdata | 
                       reg_60_rdata | reg_64_rdata | reg_68_rdata | reg_6C_rdata | 
                       reg_70_rdata | reg_74_rdata | reg_78_rdata | reg_7C_rdata | 
                       reg_80_rdata | reg_84_rdata | reg_88_rdata | reg_8C_rdata | 
                       reg_90_rdata | reg_94_rdata | reg_98_rdata | reg_9C_rdata | 
                       reg_A0_rdata | reg_A4_rdata | reg_A8_rdata | reg_AC_rdata | 
                       reg_B0_rdata | reg_B4_rdata | reg_B8_rdata | reg_BC_rdata | 
                       reg_C0_rdata | reg_C4_rdata | reg_C8_rdata | reg_CC_rdata | 
                       reg_D0_rdata | reg_D4_rdata | reg_D8_rdata | reg_DC_rdata | 
                       reg_E0_rdata | reg_E4_rdata | reg_E8_rdata | reg_EC_rdata | 
                       reg_F0_rdata | reg_F4_rdata | reg_F8_rdata | reg_FC_rdata 
                       ;                      

always @(posedge(clock))
  final_rdata_q <= final_rdata_d;     // Latch the result of the big OR gate before sending out of the module

always @(posedge(clock))
  final_rdata_vld_q <= rden_pulse || wren_pulse;   // Synchronize rdata_valid with data


assign vpd_cfg_rdata = final_rdata_q;
assign vpd_cfg_done  = final_rdata_vld_q;

endmodule